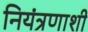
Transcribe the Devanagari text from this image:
नियंत्रणाशी